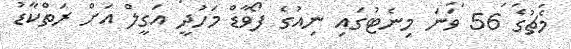
މެޗުގެ 56 ވަނަ މިނެޓުގައި ނިއުގެ ފޯވާޑް މަހުދީ އަގީލް އަށް ރަތްކާޑު